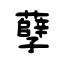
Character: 孽